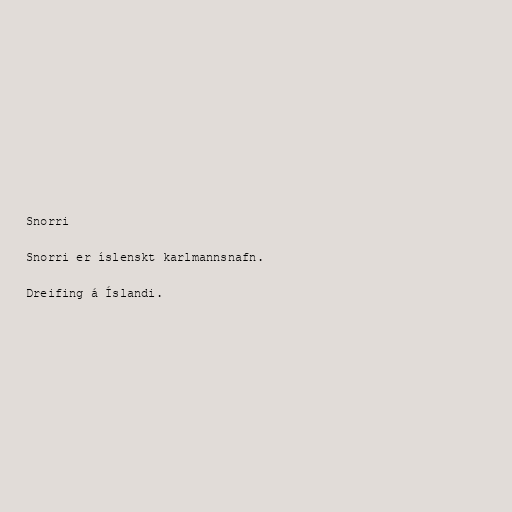
Snorri

Snorri er íslenskt karlmannsnafn.

Dreifing á Íslandi.